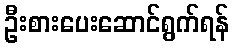
ဦးစားပေးဆောင်ရွက်ရန်